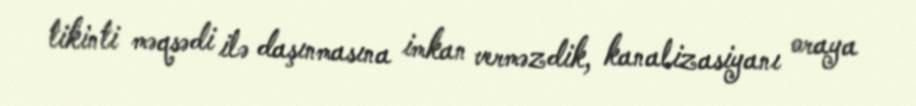
tikinti məqsədi ilə daşınmasına imkan verməzdik, kanalizasiyanı oraya